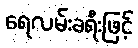
ရေလမ်းခရီးဖြင့်